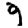
Digit: 9